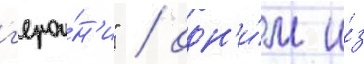
г'ерои́н'и" / одн'и́м и́з